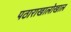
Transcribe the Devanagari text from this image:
पठाराखालोखाल